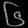
Digit: ၆